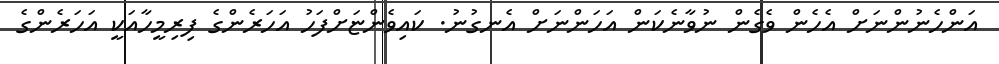
އަންހެނުންނަށް އެހެން ވެގެން ނުވާނެކަން އަހަންނަށް އެނގުނު. ކައިވެންޏަށްފަހު އަހަރެންގެ ފިރިމީހާއަކީ އަހަރެންގެ